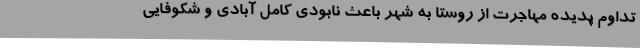
تداوم پدیده مهاجرت از روستا به شهر باعث نابودی کامل آبادی و شکوفایی